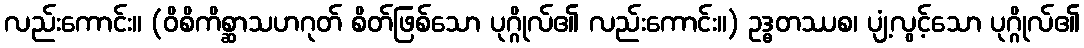
လည်းကောင်း။ (ဝိစိကိစ္ဆာသဟဂုတ် စိတ်ဖြစ်သော ပုဂ္ဂိုလ်၏ လည်းကောင်း။) ဥဒ္ဓတဿစ၊ ပျံ့လွင့်သော ပုဂ္ဂိုလ်၏